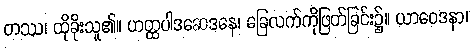
တဿ၊ ထိုခိုးသူ၏။ ဟတ္ထပါဒဆေဒနေ၊ ခြေလက်ကိုဖြတ်ခြင်း၌။ ယာဝေဒနာ၊